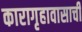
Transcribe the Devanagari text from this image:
कारागृहावासाची